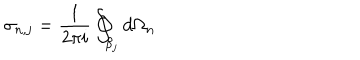
LaTeX: \sigma _ { n , j } = \frac { 1 } { 2 \pi i } \oint _ { \beta _ { j } } d \Omega _ { n }